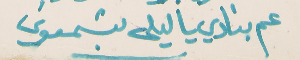
عم بنادي يا ليلى بتسمعوني